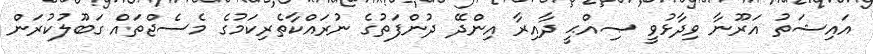
އައިޝަތު އަރޫނާ ވިދާޅުވީ ޞިއްޙީ ދާއިރާ އިންދޭ ދުންފަތުގެ ނުރައްކާތެރިކަމުގެ މެސެޖްތައް ގަބޫލުކުރަން